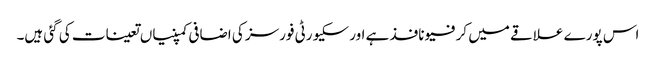
اس پورے علاقے میں کرفیو نافذ ہے اور سکیورٹی فورسز کی اضافی کمپنیاں تعینات کی گئی ہیں۔